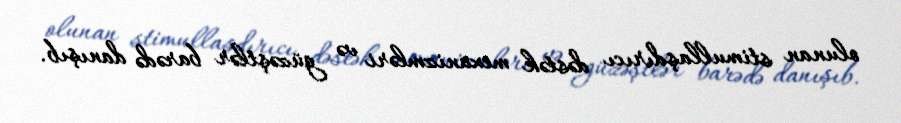
olunan stimullaşdırıcı dəstək mexanizmləri və güzəştlər barədə danışıb.